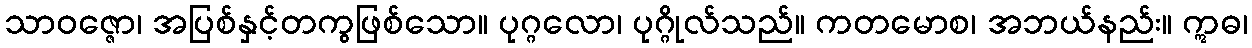
သာဝဇ္ဇော၊ အပြစ်နှင့်တကွဖြစ်သော။ ပုဂ္ဂလော၊ ပုဂ္ဂိုလ်သည်။ ကတမောစ၊ အဘယ်နည်း။ ဣဓ၊